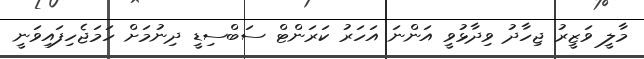
މާލީ ވަޒީރު ޖިހާދު ވިދާޅުވީ އަންނަ އަހަރު ކަރަންޓް ސަބްސިޑީ ދިނުމަށް ހަމަޖެހިފައިވަނީ